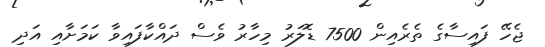
ޖެހޭ ފައިސާގެ ތެރެއިން 7500 ޑޮލަރު މިހާރު ވެސް ދައްކާފައިވާ ކަމަށާއި އަދި